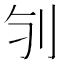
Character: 𠚻